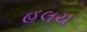
હલચ